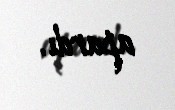
apardı.